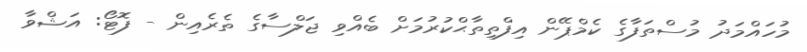
މުހައްމަދު މުސްތަފާގެ ކެމްޕޭން އިފްތިތާޙްކުރުމަށް ބެއްވި ޖަލްސާގެ ތެރެއިން - ފޮޓޯ: އަޝްވާ